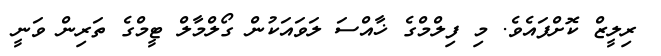
ރިލީޒް ކޮށްފައެވެ. މި ފިލްމްގެ ޚާއްސަ ލަވައަކުން ގޯލްމާލް ޓީމްގެ ތަރިން ވަނީ